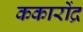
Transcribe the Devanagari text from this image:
ककारोंद्र